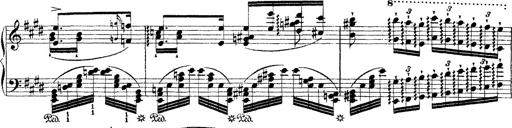
Title: Ã‰tudes d'exÃ©cution transcendante d'aprÃ¨s Paganini
Composer: Franz Liszt